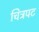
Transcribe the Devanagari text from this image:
चित्रपट